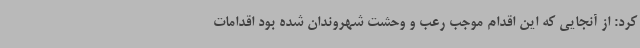
کرد: از آنجایی که این اقدام موجب رعب و وحشت شهروندان شده بود اقدامات